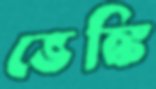
ভেঙ্কি